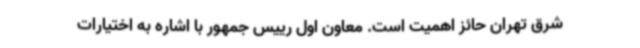
شرق تهران حائز اهمیت است. معاون اول رییس جمهور با اشاره به اختیارات